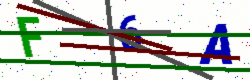
Text: F6A